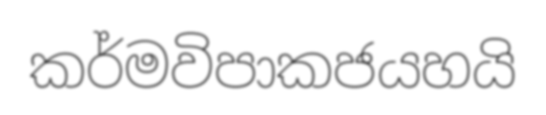
කර්මවිපාකජයහයි